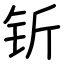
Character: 𬬱